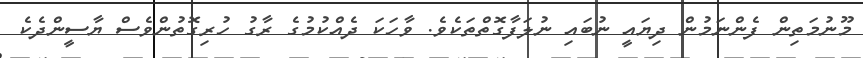
މޫނުމަތިން ފެންނަމުން ދިޔައީ ނުބައި ނުލަފާގޮތްތަކެވެ. ވާހަކަ ދެއްކުމުގެ ރާގު ހުރިގޮތުންވެސް ޔާސީންދެކެ